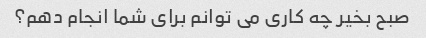
صبح بخیر چه کاری می توانم برای شما انجام دهم؟